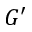
G ^ { \prime }